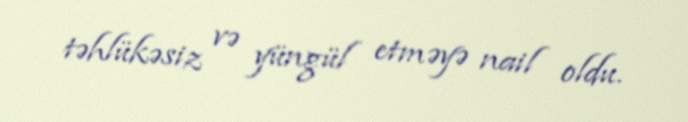
təhlükəsiz və yüngül etməyə nail oldu.